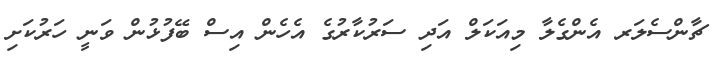
ޗާންސެލަރ އެންގެލާ މިއަކަލް އަދި ސަރުކާރުގެ އެހެން އިސް ބޭފުޅުން ވަނީ ހަރުކަށި